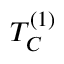
T _ { C } ^ { ( 1 ) }